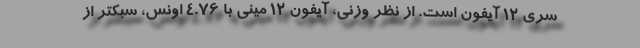
سری ۱۲ آیفون است. از نظر وزنی، آیفون ۱۲ مینی با ۴.۷۶ اونس، سبکتر از